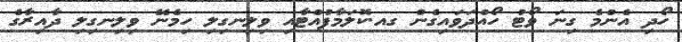
ހޯދި އެންމެ ގިނަ ވޯޓު ހޯއްދަވައިގެން ގއ.ކޮލަމާފުއްޓާއި ވިލިނގިލި ހިމެނޭ ވިލިނގިލި ދާއިރާގެ